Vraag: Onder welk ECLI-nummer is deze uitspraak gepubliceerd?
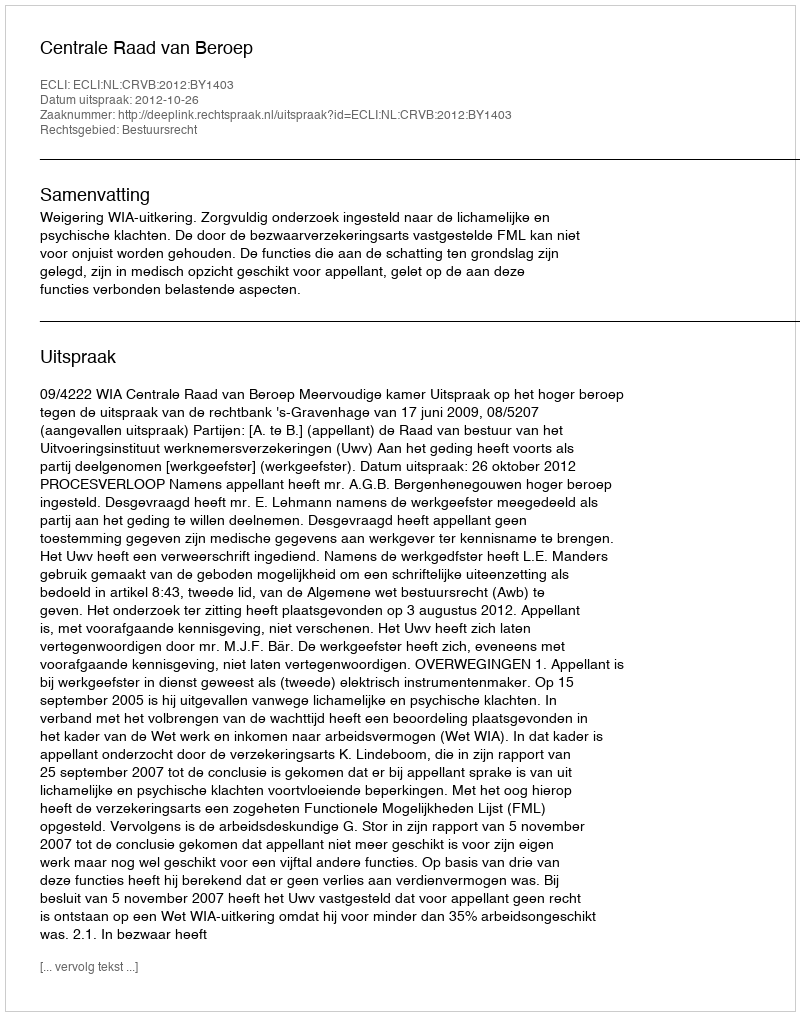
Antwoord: ECLI:NL:CRVB:2012:BY1403